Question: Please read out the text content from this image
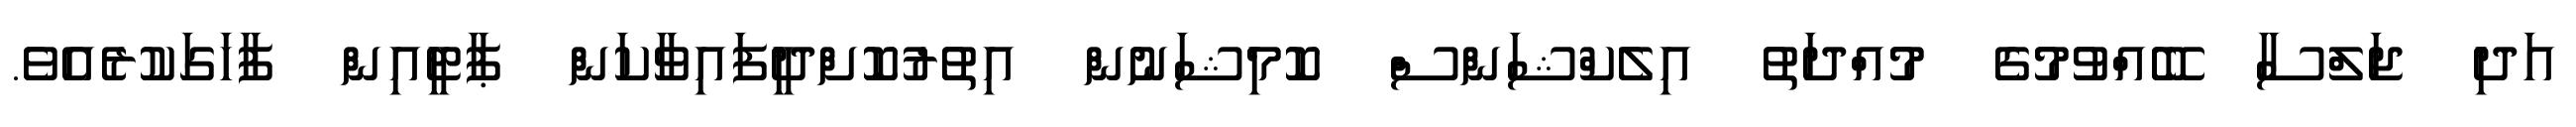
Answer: އަދި ޖަލްސާ ބޭއްވުމުގެ މުއްދަތު އިލެކްޝަންސް ކޮމިޝަނުން އިތުރުކޮށްދީފައިވާކަން ޕާޓީއިން ފާހަގަކުރެއެވެ.